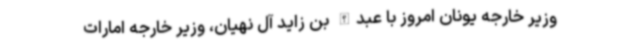
وزیر خارجه یونان امروز با عبدالله بن زاید آل نهیان، وزیر خارجه امارات